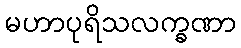
မဟာပုရိသလက္ခဏာ